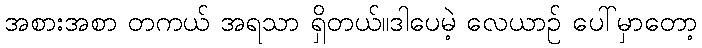
အစားအစာ တကယ် အရသာ ရှိတယ်။ဒါပေမဲ့ လေယာဉ် ပေါ်မှာတော့